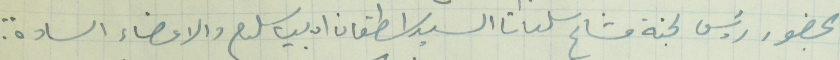
بحضور رئيس لجنة مشاع سلعاتا السيد اسطفان اديب سلوم والاعضاء السادة